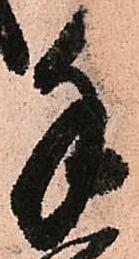
手